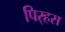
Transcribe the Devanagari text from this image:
पिर्‍हस